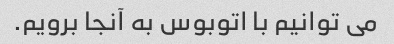
می توانیم با اتوبوس به آنجا برویم.